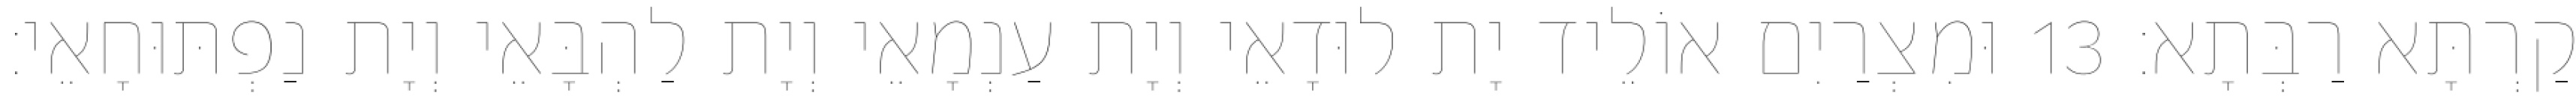
קַרְתָּא רַבְּתָא׃ 13 וּמִצְרַיִם אוֹלֵיד יָת לוּדָאֵי וְיָת עַנְמָאֵי וְיָת לַהְבָּאֵי וְיָת נַפְתּוּחָאֵי׃